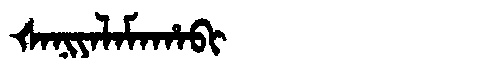
Manchu: ᡧᠠᠨᡳᠶᠠᠯᠠᠮᠠᡥᠠᠪᡳ
Romanization: ŠANIYALAMAHABI